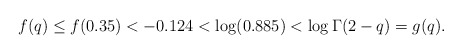
\begin{align*}f(q) \leq f(0.35) < -0.124 < \log(0.885) < \log \Gamma(2-q) = g(q).\end{align*}